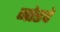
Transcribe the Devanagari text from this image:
जोडवे